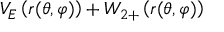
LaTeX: V _ { E } \left( r ( \theta , \varphi ) \right) + W _ { 2 + } \left( r ( \theta , \varphi ) \right)